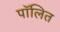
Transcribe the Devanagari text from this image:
पॉलित